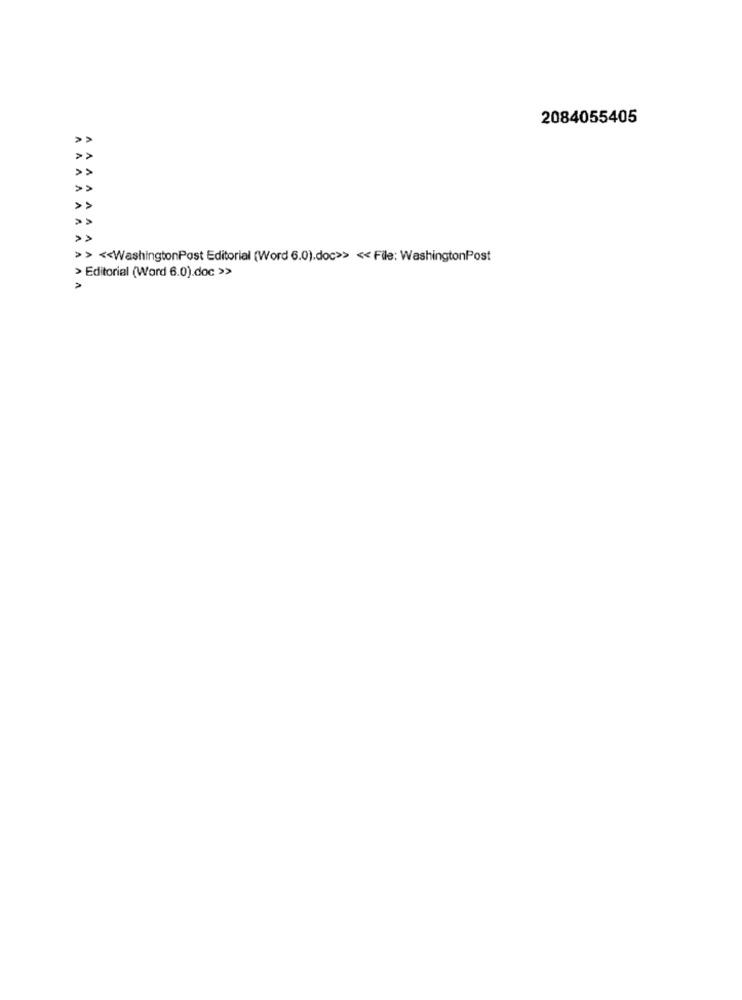
2084055405
>> << WashingtonPost Editorial (Word 6.0).doc>> << File: WashingtonPost
> Editorial (Word 6.0).doc >>